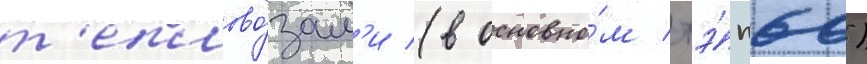
т'еплово́зам'и (в основно́м тэ́п60)